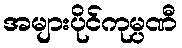
အများပိုင်ကုမ္ပဏီ